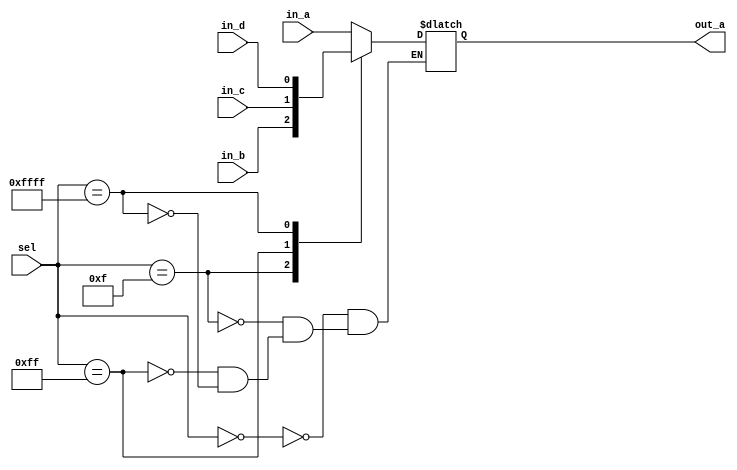
module CAS_NO_DEFA (in_a, in_b, in_c, in_d, sel, out_a);
   input in_a;
   input in_b;
   input in_c;
   input in_d;
   input [259:0] sel;
   output reg out_a;

   always @(in_a or in_b or in_c or in_d or sel)
   begin
      case (sel)
         260'h000000000000000000000000000000000000000000000000000000000000000000000000000 : out_a = in_a;
         260'h00000000000000000000000000000000000000000000000000000000000000000000000000f : out_a = in_b;
         260'h0000000000000000000000000000000000000000000000000000000000000000000000000ff : out_a = in_c;
         260'h00000000000000000000000000000000000000000000000000000000000000000000000ffff : out_a = in_d;
      endcase
   end
endmodule